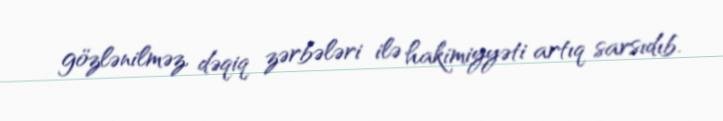
gözlənilməz, dəqiq zərbələri ilə hakimiyyəti artıq sarsıdıb.